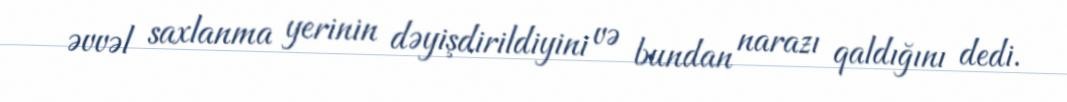
əvvəl saxlanma yerinin dəyişdirildiyini və bundan narazı qaldığını dedi.